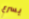
يسرع